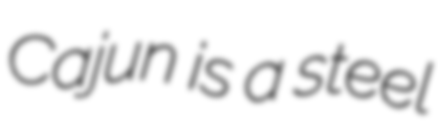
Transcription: Cajun is a steel